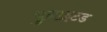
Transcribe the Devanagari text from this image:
युनाइटड